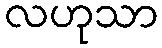
လဟုသာ